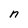
Character: n